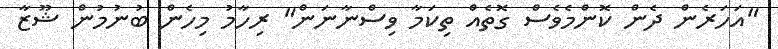
"އަހަރެން ދެން ކޮންމެވެސް ގޮތެއް ތިކަމާ ވިސްނާނަން" ރިހާމު މިހެން ބުނުމުން ޝޫޒާ